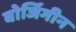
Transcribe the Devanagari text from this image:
बोर्जिगीन